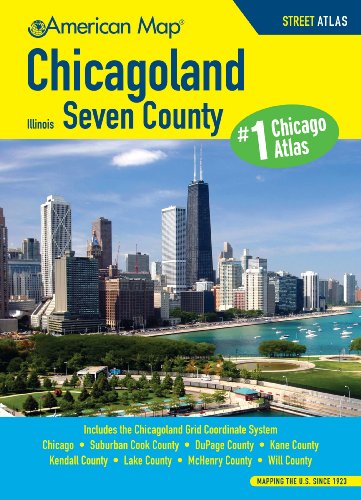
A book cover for Chicagoland IL Seven County Atlas (Chicagoland Atlas); American Map; Travel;